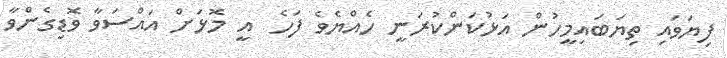
ފިޔަވައި ތިޔަބައިމީހުން އަޅުކަންކުރަނީ ހެއްޔެވެ ފަހެ  އީ މޮޅަށް އައްސަވާ ވޮޑިގެންވާ